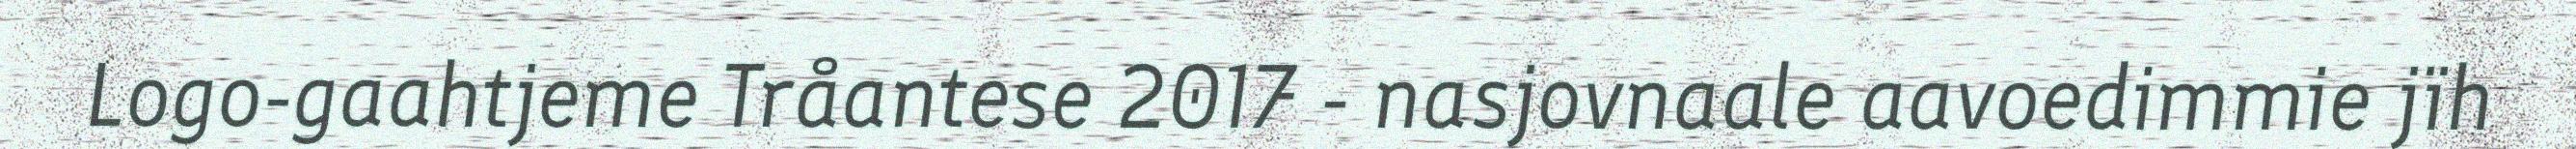
Logo-gaahtjeme Tråantese 2017 - nasjovnaale aavoedimmie jïh